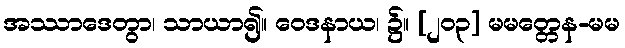
အဿာဒေတွာ၊ သာယာ၍။ ဝေဒနာယ၊ ၌။ [၂၀၃] မမတ္တေန-မမ